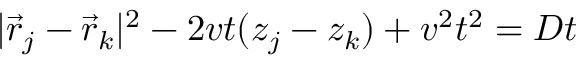
| \vec { r } _ { j } - \vec { r } _ { k } | ^ { 2 } - 2 v t ( z _ { j } - z _ { k } ) + v ^ { 2 } t ^ { 2 } = D t